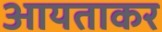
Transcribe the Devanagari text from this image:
आयताकर